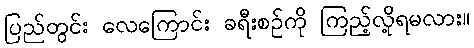
ပြည်တွင်း လေကြောင်း ခရီးစဉ်ကို ကြည့်လို့ရမလား။